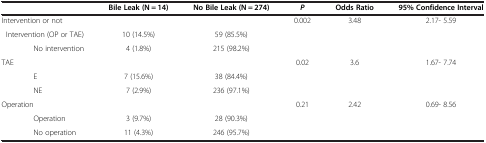
<table><thead><tr><td><b> </b></td><td><b>Bile Leak (N = 14)</b></td><td><b>No Bile Leak (N = 274)</b></td><td><b><i>P</i></b></td><td><b>Odds Ratio</b></td><td><b>95% Confidence Interval</b></td></tr></thead><tbody><tr><td>Intervention or not</td><td> </td><td> </td><td>0.002</td><td>3.48</td><td>2.17- 5.59</td></tr><tr><td> Intervention (OP or TAE)</td><td>10 (14.5%)</td><td>59 (85.5%)</td><td> </td><td> </td><td> </td></tr><tr><td>No intervention</td><td>4 (1.8%)</td><td>215 (98.2%)</td><td> </td><td> </td><td> </td></tr><tr><td>TAE</td><td> </td><td> </td><td>0.02</td><td>3.6</td><td>1.67- 7.74</td></tr><tr><td>E</td><td>7 (15.6%)</td><td>38 (84.4%)</td><td> </td><td> </td><td> </td></tr><tr><td>NE</td><td>7 (2.9%)</td><td>236 (97.1%)</td><td> </td><td> </td><td> </td></tr><tr><td>Operation</td><td> </td><td> </td><td>0.21</td><td>2.42</td><td>0.69- 8.56</td></tr><tr><td>Operation</td><td>3 (9.7%)</td><td>28 (90.3%)</td><td> </td><td> </td><td> </td></tr><tr><td>No operation</td><td>11 (4.3%)</td><td>246 (95.7%)</td><td> </td><td> </td><td> </td></tr></tbody></table>